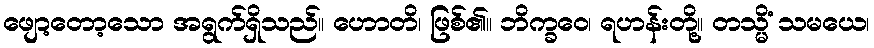
ဖျော့တော့သော အရွက်ရှိသည်။ ဟောတိ၊ ဖြစ်၏။ ဘိက္ခဝေ၊ ရဟန်းတို့။ တသ္မိံ သမယေ၊